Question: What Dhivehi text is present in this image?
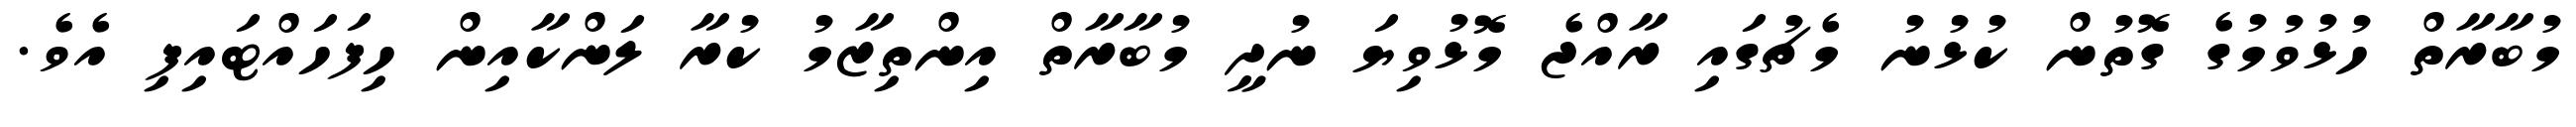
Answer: މުބާރާތް ހުޅުވުމުގެ ގޮތުން ކުޅުނު މެޗުގައި ރާއްޖެ މޮޅުވިޔަ ނުދީ މުބާރާތް އިންތިޒާމު ކުރާ ލަންކާއިން ހިފަހައްޓައިފި އެވެ.